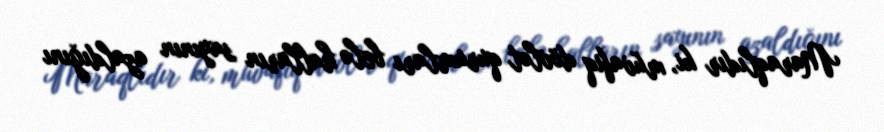
Maraqlıdır ki, müvafiq dövlət qurumları belə halların sayının azaldığını